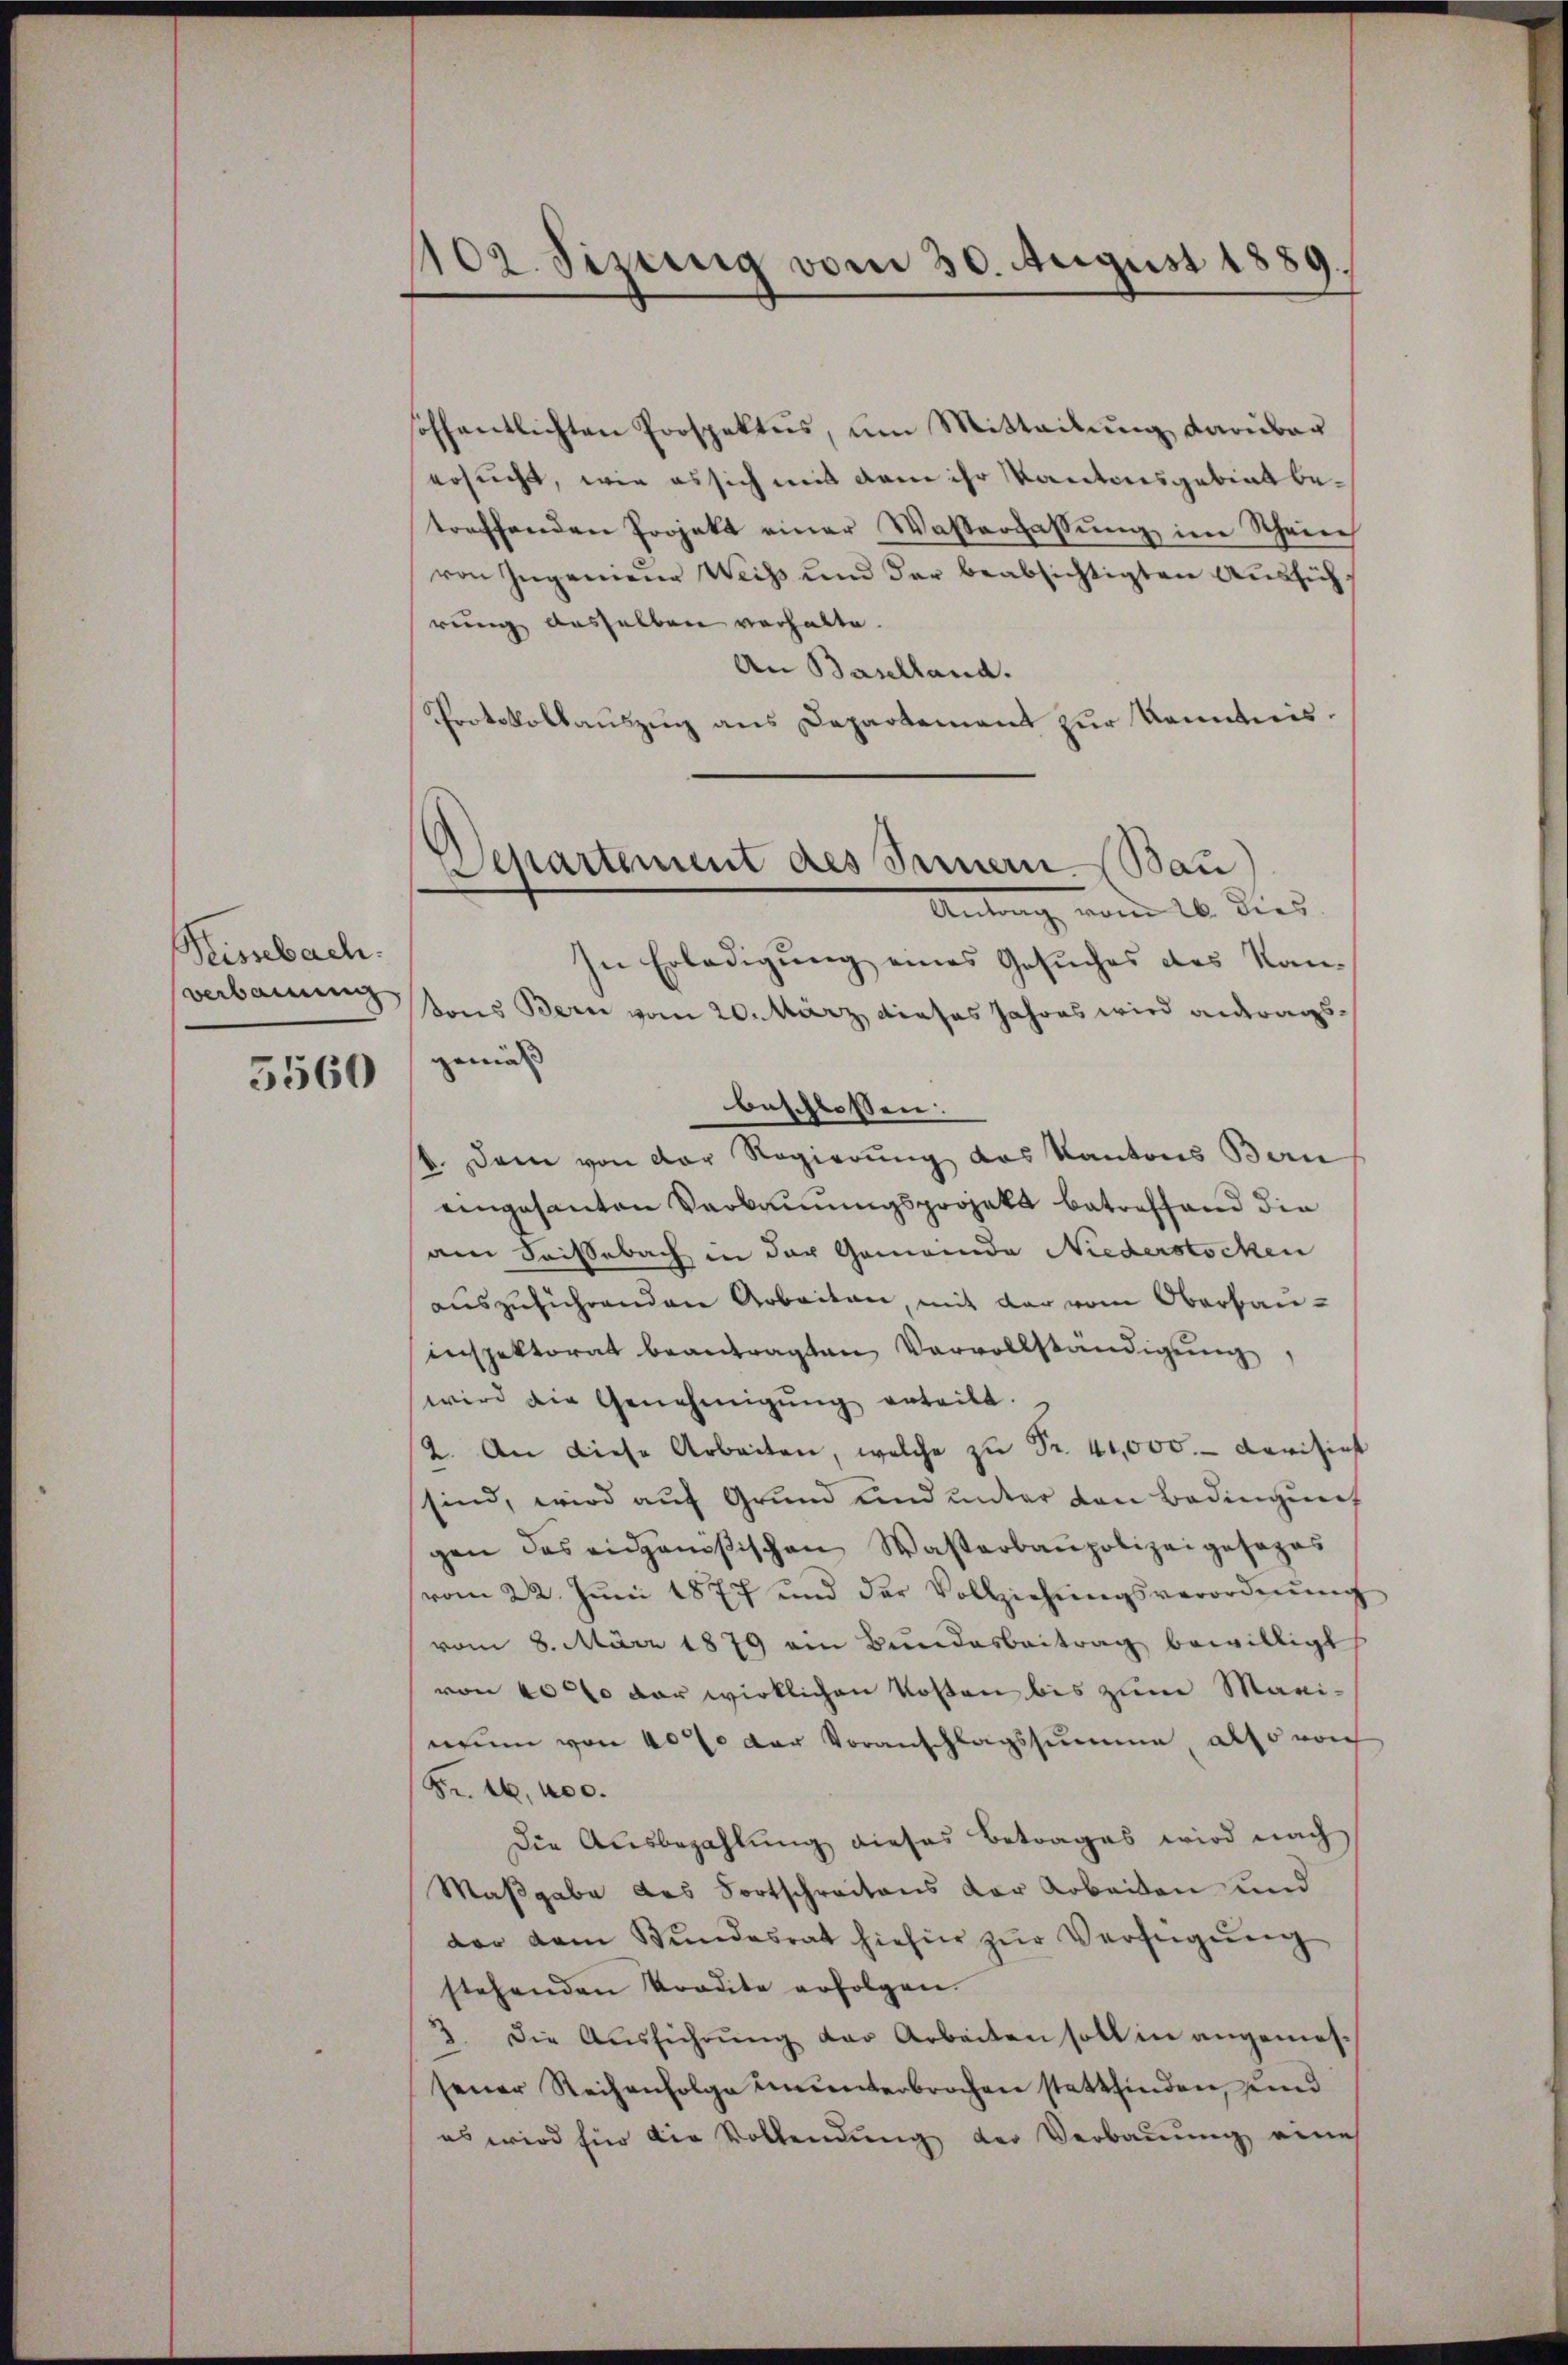
Reisbach.
verbauung

5560

1102. Sizung vom 30. August 1889.

Departement des Innern Bau
Antrag vom 16. dies

söffentlichten Prospektes, um Mitteilung darüber
ersucht, wie es sich mit dem ihr Kantonsgebiet betreffenden Projekt einer Wasserfassŭng im Schein
von Ingenieur Weiss und der beabsichtigten Aussichrung desselben verhalte.
An Baselland.
Protokollauszug aus Departement zur Kenntnis.
In Erledigung eines Gesuches des Kan-
tons Bern vom 20. März dieses Jahres wird antragsgemäß
beschlossen:
b. Dann von der Regierung das Kantons Bern
eingesanten Verbauungsprojekt betreffend die
am Keisebach in der Gemeinde Niederstocken
auszuführenden Arbeiten, mit der vom Oberbauinspektorat beantragten Vervollständigŭng
wird die Genehmigŭng erteilt.
2. An diese Arbeiten, welche zŭ Fr. 40,000.- darisirt
sind, wird auf Grund und unter von Bedingung
gen des eidganischen Wasterbaupolizeigesezes
vom 22. Jŭni 1877 und der Vollziehŭngsverordnŭng
vom 8. März 1879 am Bundesbeitrag bewilligt
von 4000 der wirklichen Kosten bis zum Maginum von 40% der Voranschlagssumme, also von
Fr. 16, 400.
Die Ausbezahlung dieses Betrages wird nach
Maßgabe des Fortschreitens der Arbeiten und
dor dem Bŭndesrat hiefür zŭr Verfügŭng
stehenden Vordite erfolgen.
3. Die Aŭsführŭng der Arbeiten soll in angemesjener Reihenfolge ununterbrochen stattfinden, und
es wird für die Vollendung der Verbauung eines